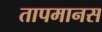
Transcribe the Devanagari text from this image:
तापमानस